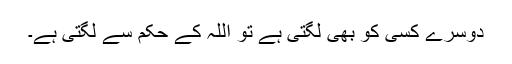
دوسرے کسی کو بھی لگتی ہے تو اللہ کے حکم سے لگتی ہے۔